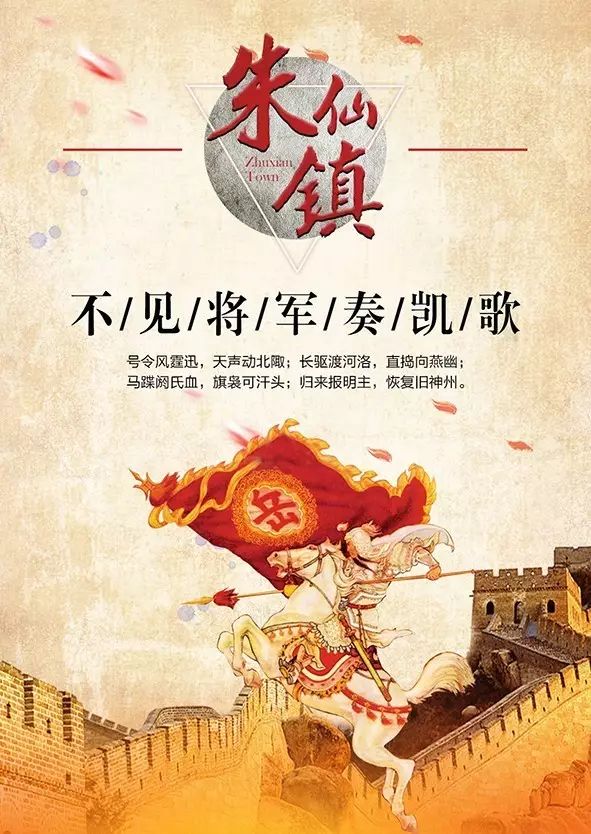
匹马南来渡浙河，汴城宫阙远嵯峨。